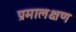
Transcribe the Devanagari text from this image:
प्रमालक्षण